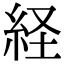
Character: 経